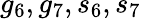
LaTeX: g_{6},g_{7},s_{6},s_{7}